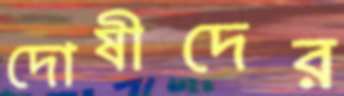
দোষীদের